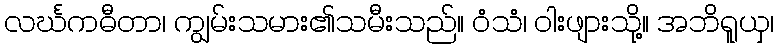
လင်္ဃကဓီတာ၊ ကျွမ်းသမား၏သမီးသည်။ ဝံသံ၊ ဝါးဖျားသို့။ အဘိရူယှ၊